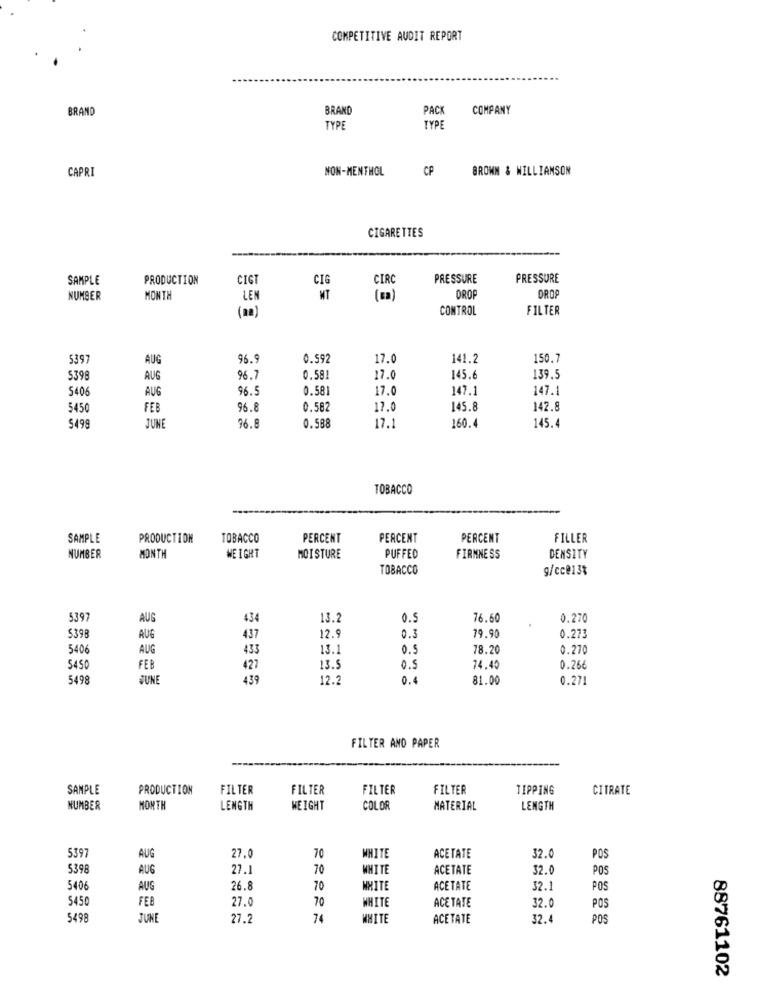
COMPETITIVE AUDIT REPORT
BRAND
BRAND
PACK
COMPANY
TYPE
TYP
CAPRI
NON-MENTHOL
CP
BROWN & WILLIAMSON
CIGARETTES
SAMPLE
PRODUCTION
CIGT
CIG
CIRC
PRESSURE
PRESSURE
NUMBER
MONTH
LEN
WT
DROP
DROP
CONTROL
FILTER
5397
AUG
96.
0.592
17.0
141.2
150.7
5398
AUG
96.7
0.581
17.0
145.6
139.5
5406
AUG
96.5
0.581
17.0
147.1
147.1
5450
FEB
96.8
0.582
17.0
145.8
142.8
JUNE
17.1
160.4
145.4
$49
96.8
0.588
TOBACCO
SAMPLE
PRODUCTION
TOBACCO
PERCENT
PERCENT
PERCENT
FILLER
NUMBER
MONTH
WEIGHT
MOISTURE
PUFFED
FIRMNESS
DENSITY
TOBACCO
g/cc@13%
539;
AUG
434
13.2
0.5
76.60
0.270
539
79.90
0.273
AUG
437
12.9
0.3
540
AUG
433
13.1
0.5
78.20
0.270
5450
FEB
427
13.9
0.5
74.45
0.26€
5498
JUNE
439
12.2
0.4
81.00
0.271
FILTER AND PAPER
SAMPLE
PRODUCTION
FILTER
FILTER
FILTER
FILTER
TIPPING
CITRATE
NUMBER
MONTH
LENGTH
WEIGHT
COLOR
MATERIAL
LENGTH
5397
AUG
27.0
70
WHITE
ACETATE
32.0
POS
5398
AUG
27.1
70
WHITE
ACETATE
32.0
POS
540€
AUG
26.8
70
WHITE
ACETATE
32.1
POS
5450
FEB
27.0
70
ACE TATE
WHITE
32.0
POS
5498
JUNE
27.2
74
WHITE
ACETATE
32.
POS
88761102